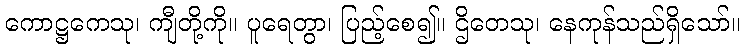
ကောဋ္ဌကေသု၊ ကျီတို့ကို။ ပူရေတွာ၊ ပြည့်စေ၍။ ဌိတေသု၊ နေကုန်သည်ရှိသော်။